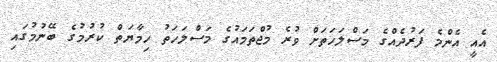
އެއީ އެންމެ ފަރުދެއްގެ މަސްލަހަތަށް ވުރެ މުޖްތަމައުގެ މަސްލަހަތު ހިމާޔަތް ކުރުމުގެ ބޭނުމުގައި